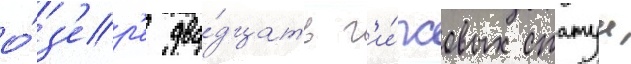
о́з'ер'е два́дцать г'и́псовых статуи